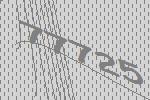
77725